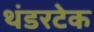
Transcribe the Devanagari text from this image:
थंडरटेक